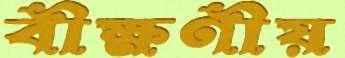
বীক্ষণীয়